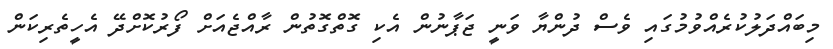
މިބައްދަލުކުރެއްވުމުގައި ވެސް ދުންޔާ ވަނީ ޖަޕާނުން އެކި ގޮތްގޮތުން ރާއްޖެއަށް ފޯރުކޮށްދޭ އެހީތެރިކަން